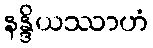
နန္ဒိယဿာဟံ